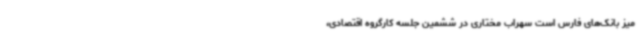
میز بانک‌های فارس است سهراب مختاری در ششمین جلسه کارگروه اقتصادی،